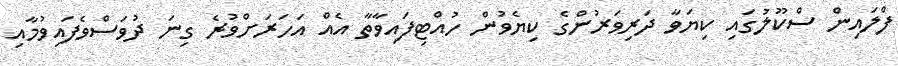
ފްލައިން ސްކޫލުގައި ކިޔަވާ ދަރިވަރުންގެ ކިޔެވުން ހުއްޓިފައިވާތާ އެއް އަހަރަށްވުރެ ގިނަ ދުވަސްވެފައިވުމާއި